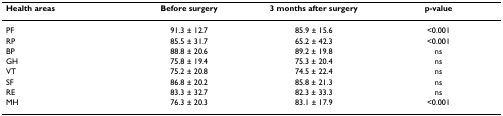
<table><thead><tr><td><b>Health areas</b></td><td><b>Before surgery</b></td><td><b>3 months after surgery</b></td><td><b>p-value</b></td></tr></thead><tbody><tr><td>PF</td><td>91.3 ± 12.7</td><td>85.9 ± 15.6</td><td>&lt;0.001</td></tr><tr><td>RP</td><td>85.5 ± 31.7</td><td>65.2 ± 42.3</td><td>&lt;0.001</td></tr><tr><td>BP</td><td>88.8 ± 20.6</td><td>89.2 ± 19.8</td><td>ns</td></tr><tr><td>GH</td><td>75.8 ± 19.4</td><td>75.3 ± 20.4</td><td>ns</td></tr><tr><td>VT</td><td>75.2 ± 20.8</td><td>74.5 ± 22.4</td><td>ns</td></tr><tr><td>SF</td><td>86.8 ± 20.2</td><td>85.8 ± 21.3</td><td>ns</td></tr><tr><td>RE</td><td>83.3 ± 32.7</td><td>82.3 ± 33.3</td><td>ns</td></tr><tr><td>MH</td><td>76.3 ± 20.3</td><td>83.1 ± 17.9</td><td>&lt;0.001</td></tr></tbody></table>